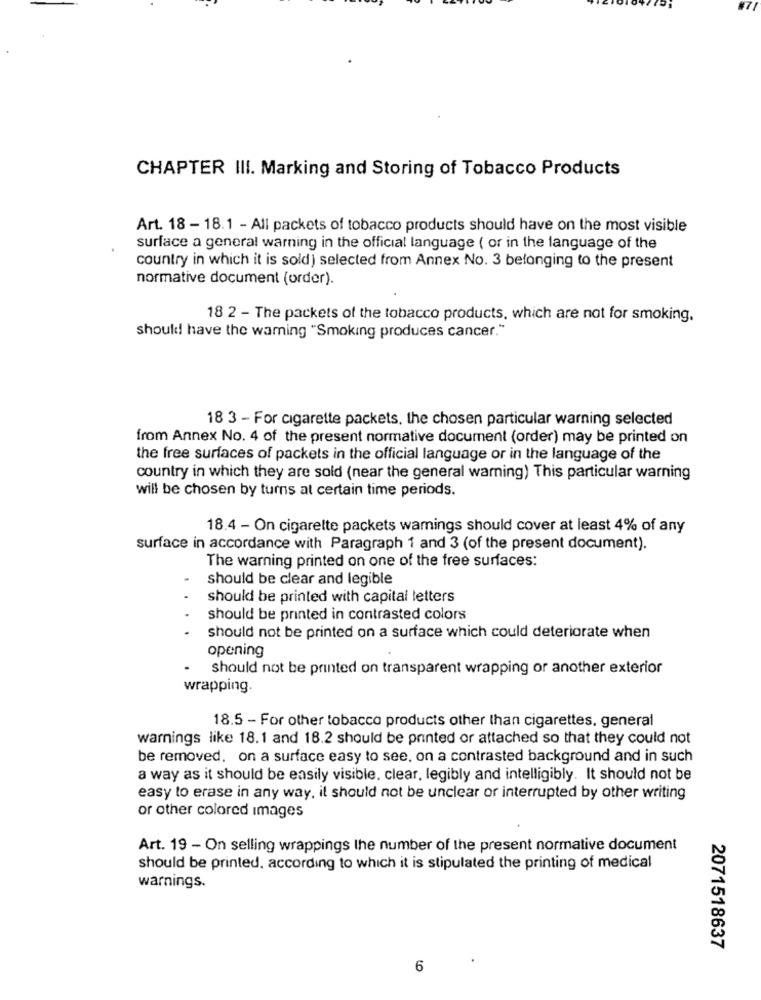
CHAPTER III. Marking and Storing of Tobacco Products
Art. 18 - 18.1 - All packets of tobacco products should have on the most visible
surface a general warning in the official language ( or in the language of the
country in which it is sold) selected from Annex No. 3 belonging to the present
normative document (order).
18 2 - The packets of the tobacco products, which are not for smoking.
should have the warning "Smoking produces cancer."
18 3 - For cigarette packets, the chosen particular warning selected
from Annex No. 4 of the present normative document (order) may be printed on
the free surfaces of packets in the official language or in the language of the
country in which they are sold (near the general warning) This particular warning
will be chosen by turns at certain time periods.
18.4 - On cigarette packets wamings should cover at least 4% of any
surface in accordance with Paragraph 1 and 3 (of the present document).
The warning printed on one of the free surfaces:
should be clear and legible
should be printed with capital letters
should be printed in contrasted colors
should not be printed on a surface which could deteriorate when
opening
should not be printed on transparent wrapping or another exterior
wrapping.
18.5 - For other tobacco products other than cigarettes, general
warnings like 18.1 and 18.2 should be printed or attached so that they could not
be removed, on a surface easy to see, on a contrasted background and in such
a way as it should be easily visible. clear, legibly and intelligibly. It should not be
easy to erase in any way, it should not be unclear or interrupted by other writing
or other colored images
Art. 19 - On selling wrappings the number of the present normative document
should be printed. according to which it is stipulated the printing of medical
warnings.
2071518637
6